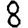
Digit: 8